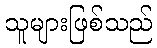
သူများဖြစ်သည်